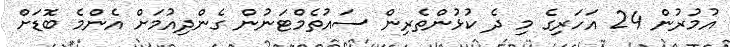
އުމުރުން 24 އަހަރިގެ މި ދެ ކުޅުންތެރިން ސައުތެމްޓަނުން ގެންދިއުމަށް އެންމެ ބޮޑަށް